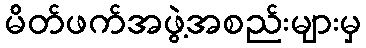
မိတ်ဖက်အဖွဲ့အစည်းများမှ